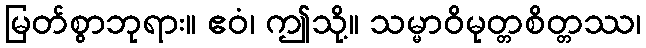
မြတ်စွာဘုရား။ ဧဝံ၊ ဤသို့။ သမ္မာဝိမုတ္တစိတ္တဿ၊